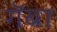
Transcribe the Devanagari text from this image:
गॅबा